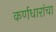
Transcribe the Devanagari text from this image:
कर्णधारांचा